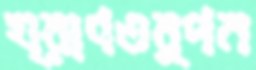
ঘ্রাণতর্পন